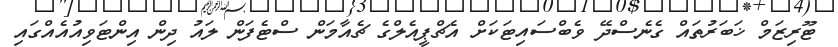
ޓޫރިޒަމް ޚަބަރުތައް ގެނެސްދޭ ވެބްސައިޓަކަށް އެޗްޕީއެލްގެ ޗެއާމަން ސްޓެފަން ލައު ދިން އިންޓަވިއުއެއްގައި